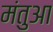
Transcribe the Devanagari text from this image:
मंतुआ